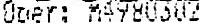
ODER: M4980302